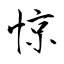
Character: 惊